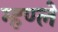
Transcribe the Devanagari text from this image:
म्हण्ले